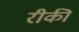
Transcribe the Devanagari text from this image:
रीकी